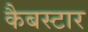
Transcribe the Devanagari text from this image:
कैबस्टार